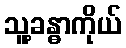
သူ့ခန္ဓာကိုယ်